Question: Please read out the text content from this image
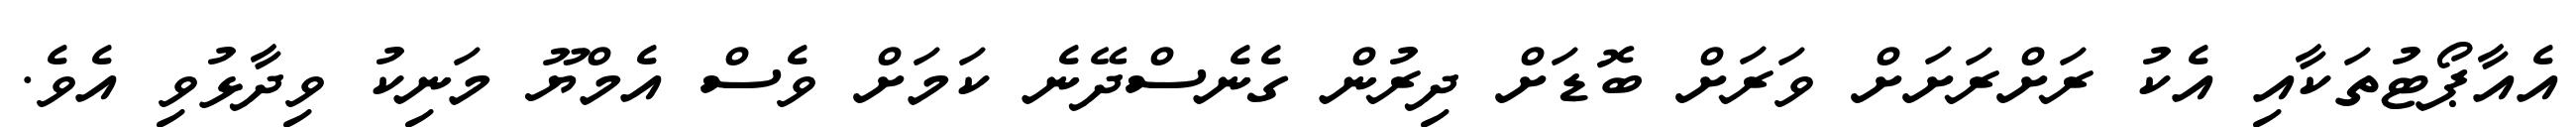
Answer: އެއާޕޯޓުތަކާއި އެކު ރަށްރަށަށް ވަރަށް ބޮޑަށް ދިރުން ގެނެސްދޭނެ ކަމަށް ވެސް އެމްޔޫ މަނިކު ވިދާޅުވި އެވެ.